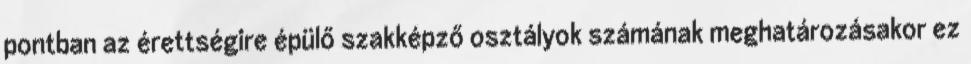
pontban az érettségire épülő szakképző osztályok számának meghatározásakor ez